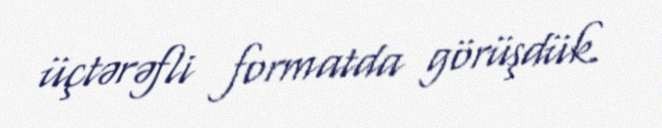
üçtərəfli formatda görüşdük.